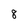
Character: 8